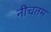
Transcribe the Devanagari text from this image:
नीचतम